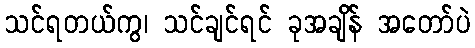
သင်ရတယ်ကွ၊ သင်ချင်ရင် ခုအချိန် အတော်ပဲ